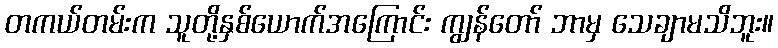
တကယ်တမ်းက သူတို့နှစ်ယောက်အကြောင်း ကျွန်တော် ဘာမှ သေချာမသိဘူး။